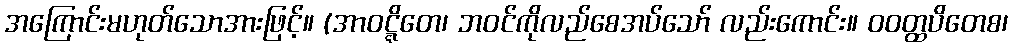
အကြောင်းမဟုတ်သောအားဖြင့်။ (အာဝဋ္ဋိတေ၊ ဘဝင်ကိုလည်စေအပ်သော် လည်းကောင်း။ ဝဝတ္ထပိတေစ၊